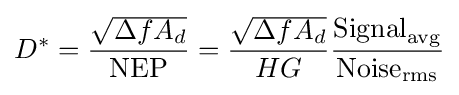
D^{*}={\frac {\sqrt {\Delta fA_{d}}}{\text{NEP}}}={\frac {\sqrt {\Delta fA_{d}}}{HG}}{\frac {{\text{Signal}}_{\text{avg}}}{{\text{Noise}}_{\text{rms}}}}